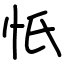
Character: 忯